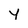
Character: y